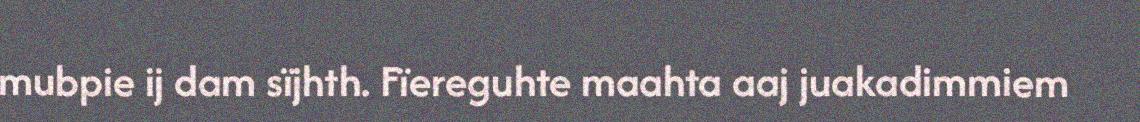
mubpie ij dam sïjhth. Fïereguhte maahta aaj juakadimmiem